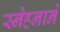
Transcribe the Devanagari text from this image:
स्नेहनाने